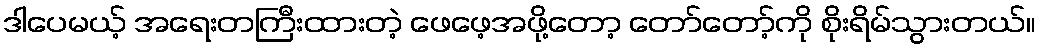
ဒါပေမယ့် အရေးတကြီးထားတဲ့ ဖေဖေ့အဖို့တော့ တော်တော့်ကို စိုးရိမ်သွားတယ်။